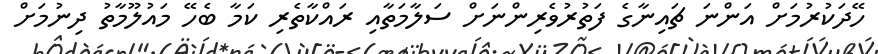
ހޭދަކުރުމަށް އަންނަ ޗައިނާގެ ފަތުރުވެރިންނަށް ސަލާމަތާއި ރައްކާތެރި ކަމާ ބެހޭ މައުލޫމާތު ދިނުމަށް